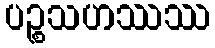
ပဉ္စသဟဿဿ